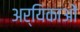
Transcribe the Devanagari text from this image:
अर्यिकाओं